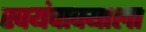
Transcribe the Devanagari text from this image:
स्वयंपाक्याला